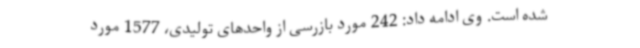
شده است. وی ادامه داد: 242 مورد بازرسی از واحدهای تولیدی، 1577 مورد